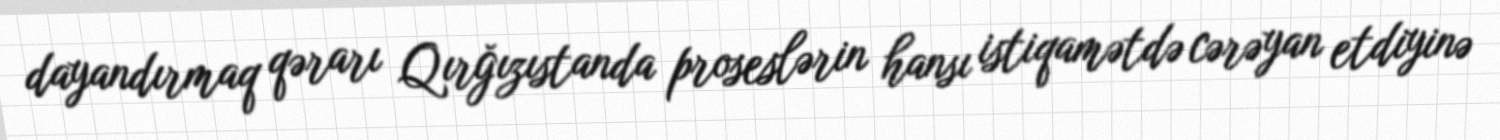
dayandırmaq qərarı Qırğızıstanda proseslərin hansı istiqamətdə cərəyan etdiyinə